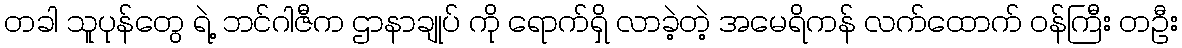
တခါ သူပုန်တွေ ရဲ့ ဘင်ဂါဇီက ဌာနာချုပ် ကို ရောက်ရှိ လာခဲ့တဲ့ အမေရိကန် လက်ထောက် ဝန်ကြီး တဦး